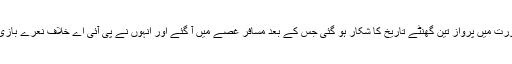
جھگڑے کی صورت میں پرواز تین گھنٹے تاریخ کا شکار ہو گئی جس کے بعد مسافر غصے میں آ گئے اور انہوں نے پی آئی اے خلاف نعرے بازی شروع کر دی ۔